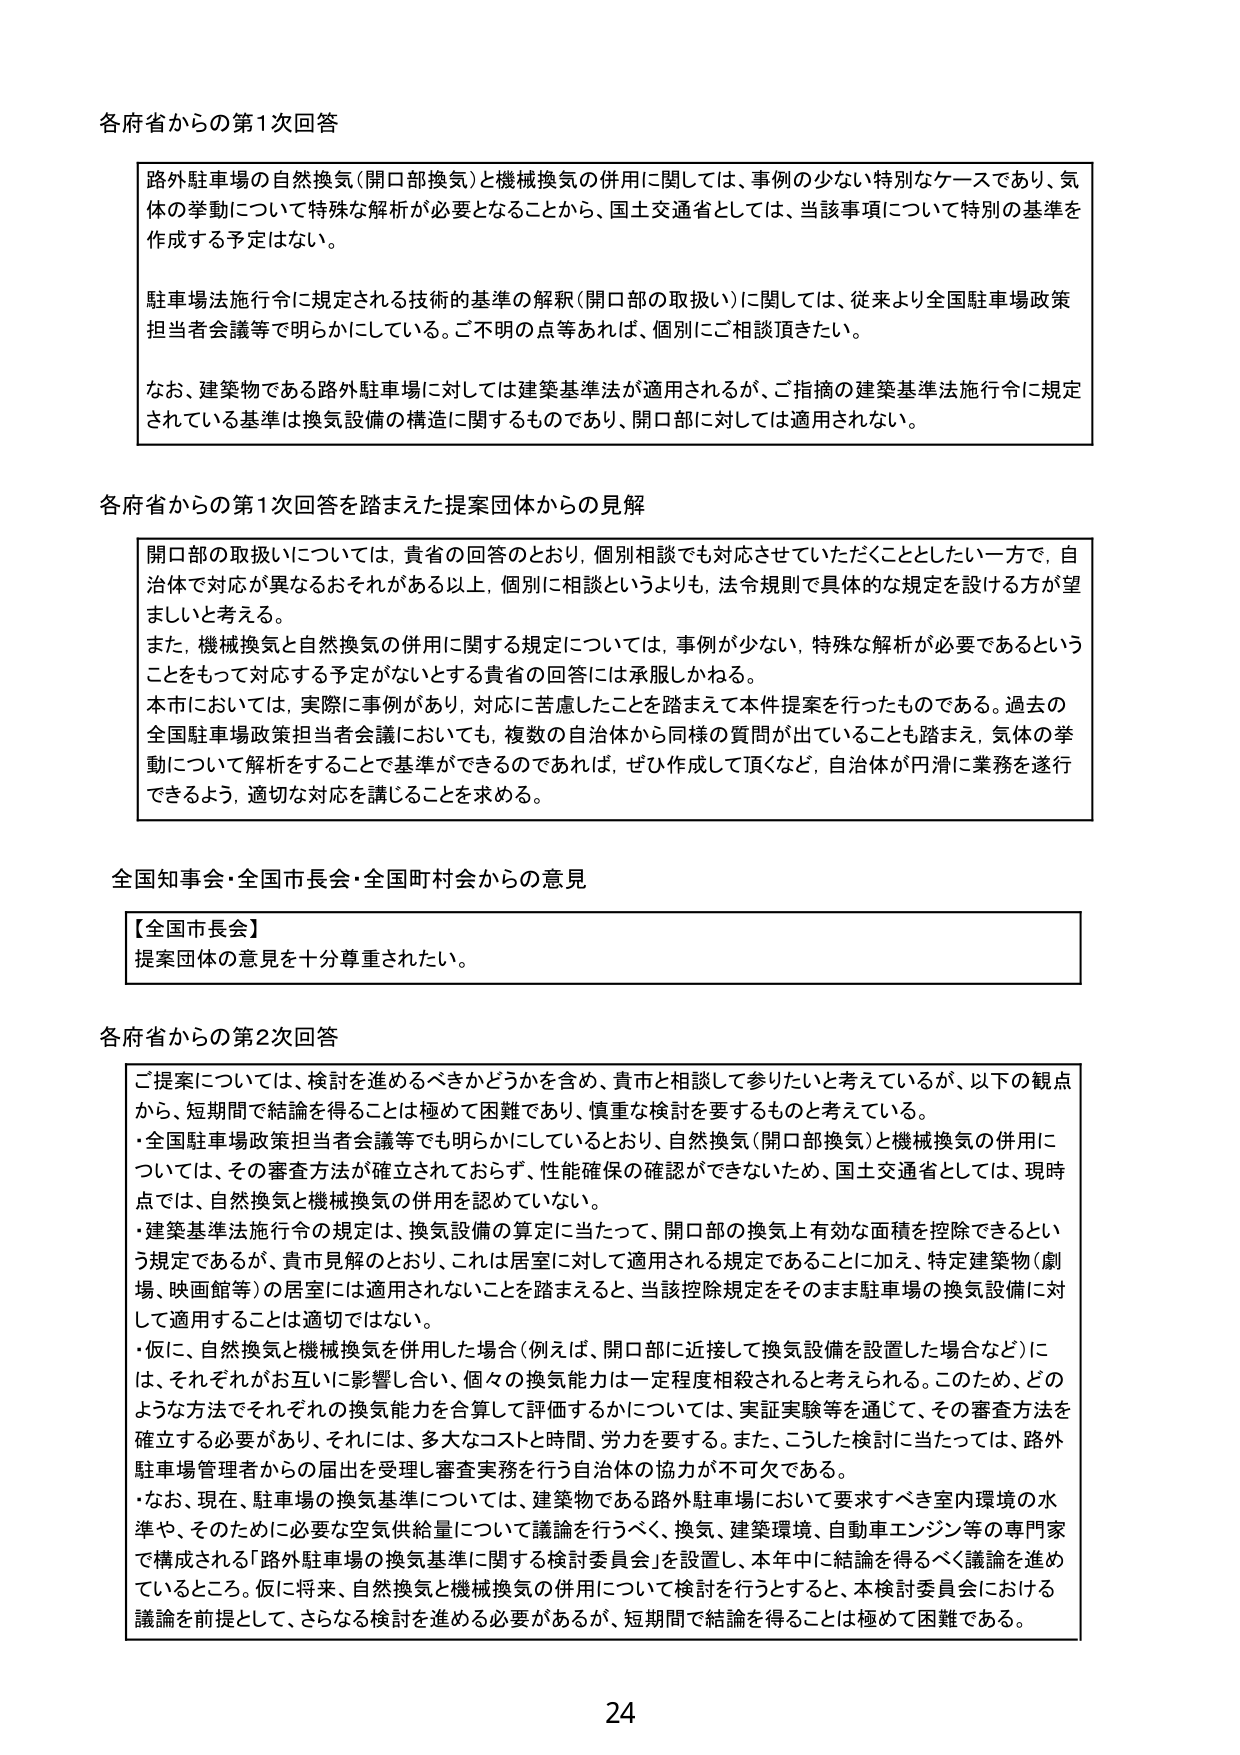
各府省からの第1次回答

路外駐車場の自然換気（開口部換気）と機械換気の併用に関しては、事例の少ない特別なケースであり、気体の挙動について特殊な解析が必要となることから、国土交通省としては、当該事項について特別の基準を作成する予定はない。

駐車場法施行令に規定される技術的基準の解釈（開口部の取扱い）に関しては、従来より全国駐車場政策担当者会議等で明らかにしている。ご不明の点等あれば、個別にご相談頂きたい。

なお、建築物である路外駐車場に対しては建築基準法が適用されるが、ご指摘の建築基準法施行令に規定されている基準は換気設備の構造に関するものであり、開口部に対しては適用されない。

各府省からの第1次回答を踏まえた提案団体からの見解

開口部の取扱いについては、貴省の回答のとおり、個別相談でも対応させていただくこととしたい一方で、自治体で対応が異なるおそれがある以上、個別に相談というよりも、法令規則で具体的な規定を設ける方が望ましいと考える。

また、機械換気と自然換気の併用に関する規定については、事例が少ない、特殊な解析が必要であるということをもって対応する予定がないとする貴省の回答には承服しかねる。

本市においては、実際に事例があり、対応に苦慮したことを踏まえて本件提案を行ったものである。過去の全国駐車場政策担当者会議においても、複数の自治体から同様の質問が出ていることも踏まえ、気体の挙動について解析をすることで基準ができるのであれば、ぜひ作成して頂くなど、自治体が円滑に業務を遂行できるよう、適切な対応を講じることを求める。

全国知事会・全国市長会・全国町村会からの意見

【全国市長会】
提案団体の意見を十分尊重されたい。

各府省からの第2次回答

ご提案については、検討を進めるべきかどうかを含め、貴市と相談して参りたいと考えているが、以下の観点から、短期間で結論を得ることは極めて困難であり、慎重な検討を要するものと考えている。

・全国駐車場政策担当者会議等でも明らかにしているとおり、自然換気（開口部換気）と機械換気の併用については、その審査方法が確立されておらず、性能確保の確認ができないため、国土交通省としては、現時点では、自然換気と機械換気の併用を認めていない。

・建築基準法施行令の規定は、換気設備の算定に当たって、開口部の換気上有効な面積を控除できるという規定であるが、貴市見解のとおり、これは居室に対して適用される規定であることに加え、特定建築物（劇場、映画館等）の居室には適用されないことを踏まえると、当該控除規定をそのまま駐車場の換気設備に対して適用することは適切ではない。

・仮に、自然換気と機械換気を併用した場合（例えば、開口部に近接して換気設備を設置した場合など）には、それぞれがお互いに影響し合い、個々の換気能力は一定程度相殺されると考えられる。このため、どのような方法でそれぞれの換気能力を合算して評価するかについては、実証実験等を通じて、その審査方法を確立する必要があり、それには、多大なコストと時間、労力を要する。また、こうした検討に当たっては、路外駐車場管理者からの届出を受理し審査実務を行う自治体の協力が不可欠である。

・なお、現在、駐車場の換気基準については、建築物である路外駐車場において要求すべき室内環境の水準や、そのために必要な空気供給量について議論を行うべく、換気、建築環境、自動車エンジン等の専門家で構成される「路外駐車場の換気基準に関する検討委員会」を設置し、本年中に結論を得るべく議論を進めているところ。仮に将来、自然換気と機械換気の併用について検討を行うとすると、本検討委員会における議論を前提として、さらなる検討を進める必要があるが、短期間で結論を得ることは極めて困難である。

24